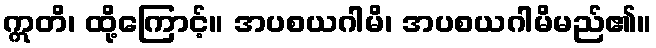
ဣတိ၊ ထို့ကြောင့်။ အပစယဂါမိ၊ အပစယဂါမိမည်၏။